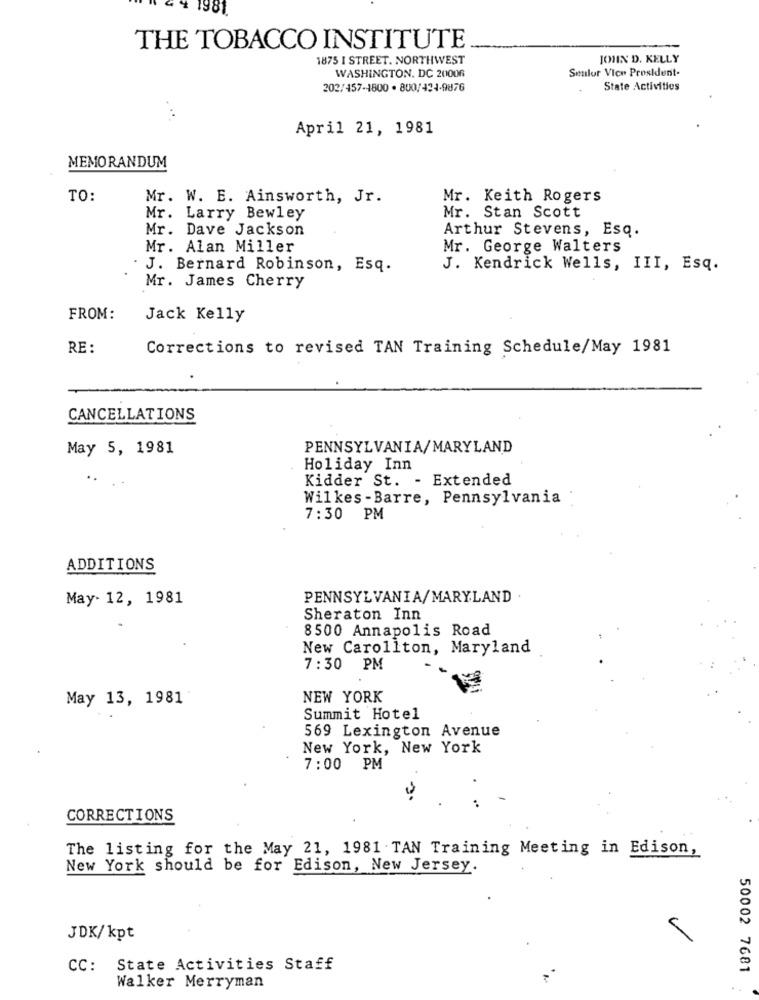
4 1981.
THE TOBACCO INSTITUTE
1875 I STREET. NORTHWEST
JOHN D. KELLY
Senior Vice President-
WASHINGTON, DC 20006
202/457-4800 · 800/434-9876
State Activities
April 21, 1981
MEMORANDUM
TO:
Mr. W. E. Ainsworth, Jr.
Mr. Keith Rogers
Mr. Larry Bewley
Mr. Stan Scott
Mr. Dave Jackson
Arthur Stevens, Esq.
Mr. Alan Miller
Mr. George Walters
J. Bernard Robinson, Esq.
J. Kendrick Wells, III, Esq.
Mr. James Cherry
FROM:
Jack Kelly
RE:
Corrections to revised TAN Training Schedule/May 1981
CANCELLATIONS
May 5, 1981
PENNSYLVANIA/MARYLAND
Holiday Inn
..
Kidder St. - Extended
Wilkes - Barre, Pennsylvania
7:30 PM
ADDITIONS
May- 12, 1981
PENNSYLVANIA/MARYLAND
Sheraton Inn
8500 Annapolis Road
New Carollton, Maryland
7:30 PM
May 13, 1981
NEW YORK
Summit Hotel
569 Lexington Avenue
New York, New York
7:00 PM
CORRECTIONS
The listing for the May 21, 1981 .TAN Training Meeting in Edison,
New York should be for Edison, New Jersey.
JDK/kpt
CC: State Activities Staff
50002 7681
Walker Merryman